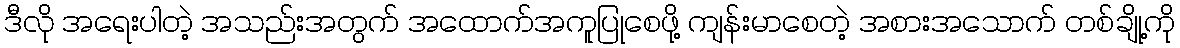
ဒီလို အရေးပါတဲ့ အသည်းအတွက် အထောက်အကူပြုစေဖို့ ကျန်းမာစေတဲ့ အစားအသောက် တစ်ချို့ကို